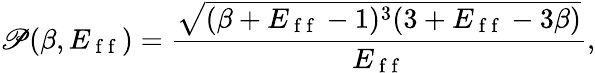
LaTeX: \mathscr{P}(\beta,E_{\mathrm{~f~f~}})=\frac{\sqrt{(\beta+E_{\mathrm{~f~f~}}-1)^{3}(3+E_{\mathrm{~f~f~}}-3\beta)}}{E_{\mathrm{~f~f~}}},